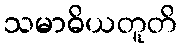
သမာဓိယတူတိ